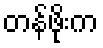
တန်ဖိုးက